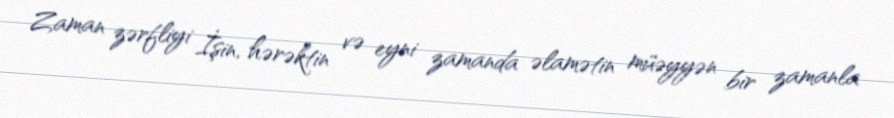
Zaman zərfliyi İşin, hərəktin və eyni zamanda əlamətin müəyyən bir zamanla